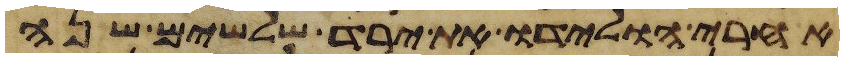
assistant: אחרי הולידו את ירד שלשים שנה